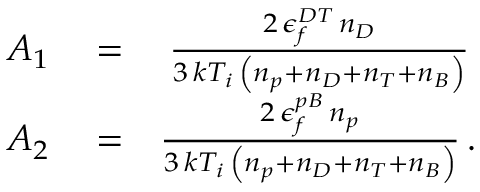
\begin{array} { r l r } { A _ { 1 } } & { { } = } & { \frac { 2 \, \epsilon _ { f } ^ { D T } \, n _ { D } } { 3 \, k T _ { i } \, \left( n _ { p } + n _ { D } + n _ { T } + n _ { B } \right) } \, } \\ { A _ { 2 } } & { { } = } & { \frac { 2 \, \epsilon _ { f } ^ { p B } \, n _ { p } } { 3 \, k T _ { i } \, \left( n _ { p } + n _ { D } + n _ { T } + n _ { B } \right) } \, . } \end{array}